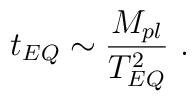
t_{EQ} \sim \frac{M_{pl}}{T^2_{EQ}} \ .